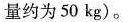
量约为50kg)。